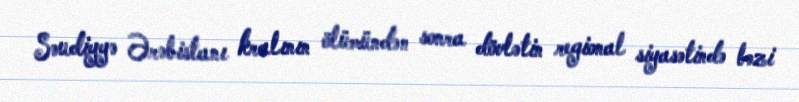
Səudiyyə Ərəbistanı kralının ölümündən sonra dövlətin regional siyasətində bəzi